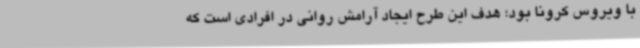
با ویروس کرونا بود؛ هدف این طرح ایجاد آرامش روانی در افرادی است که